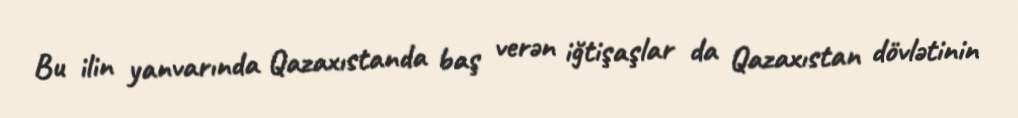
Bu ilin yanvarında Qazaxıstanda baş verən iğtişaşlar da Qazaxıstan dövlətinin